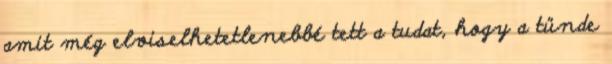
amit még elviselhetetlenebbé tett a tudat, hogy a tünde